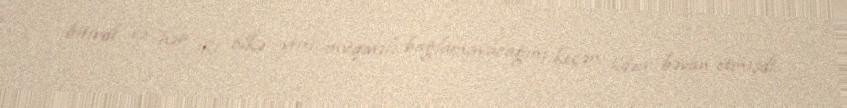
bitirdi və hər iki ölkə yeni müqavilə bağlamayacağını keçən ildən bəyan etmişdi.